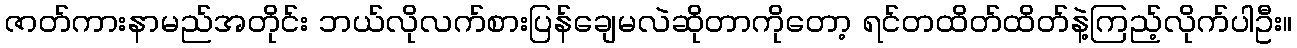
ဇာတ်ကားနာမည်အတိုင်း ဘယ်လိုလက်စားပြန်ချေမလဲဆိုတာကိုတော့ ရင်တထိတ်ထိတ်နဲ့ကြည့်လိုက်ပါဦး။